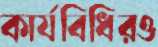
কার্যবিধিরও